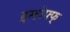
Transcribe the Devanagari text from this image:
इम्होफ्फ्